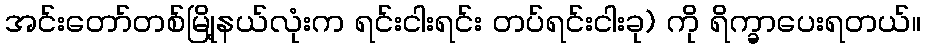
အင်းတော်တစ်မြို့နယ်လုံးက ရင်းငါးရင်း တပ်ရင်းငါးခု) ကို ရိက္ခာပေးရတယ်။